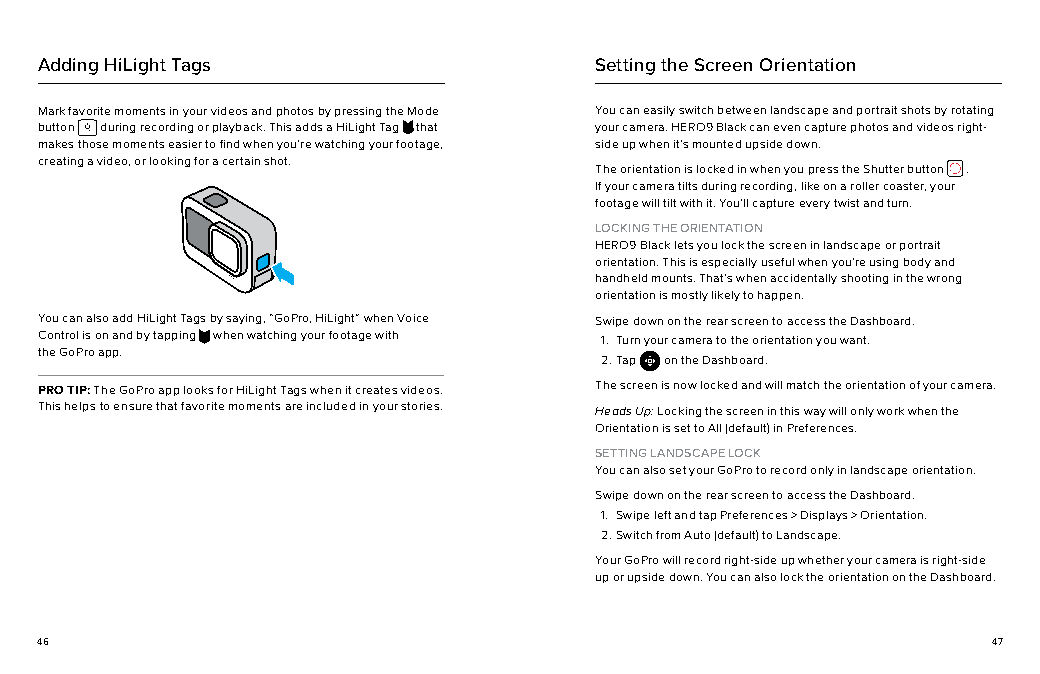
Adding HiLight Tags                  Setting the Screen Orientation
 Mark favorite moments in your videos and photos by pressing the Mode You can easily switch between landscape and portrait shots by rotating
 button during recording or playback. This adds a HiLight Tag that your camera. HERO9 Black can even capture photos and videos right-
 makes those moments easier to find when you’re watching your footage, side up when it’s mounted upside down.
 creating a video, or looking for a certain shot.
 The orientation is locked in when you press the Shutter button .
 If your camera tilts during recording, like on a roller coaster, your
 footage will tilt with it. You’ll capture every twist and turn.
 LOCKING THE ORIENTATION
 HERO9 Black lets you lock the screen in landscape or portrait
 orientation. This is especially useful when you’re using body and
 handheld mounts. That’s when accidentally shooting in the wrong
 orientation is mostly likely to happen.
 You can also add HiLight Tags by saying, “GoPro, HiLight” when Voice Swipe down on the rear screen to access the Dashboard.
 Control is on and by tapping when watching your footage with 1. Turn your camera to the orientation you want.
 the GoPro app.
 2. Tap on the Dashboard.
 PRO TIP: The GoPro app looks for HiLight Tags when it creates videos. The screen is now locked and will match the orientation of your camera.
 This helps to ensure that favorite moments are included in your stories. Heads Up: Locking the screen in this way will only work when the
 Orientation is set to All (default) in Preferences.
 SETTING LANDSCAPE LOCK
 You can also set your GoPro to record only in landscape orientation.
 Swipe down on the rear screen to access the Dashboard.
 1. Swipe left and tap Preferences > Displays > Orientation.
 2. Switch from Auto (default) to Landscape.
 Your GoPro will record right-side up whether your camera is right-side
 up or upside down. You can also lock the orientation on the Dashboard.
 46                                                              47